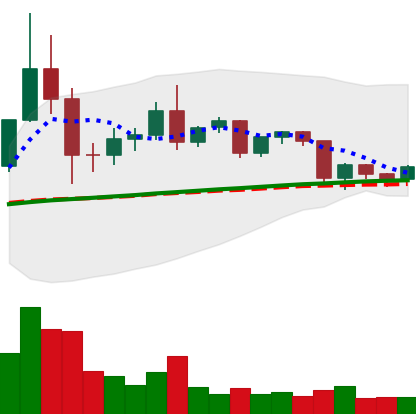
Ticker: TRX-USD
Chart end date: 2020-12-12
Forward return: 7.476%
Label: up_7plus